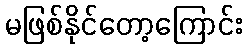
မဖြစ်နိုင်တော့ကြောင်း